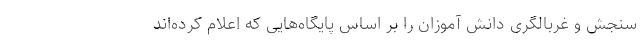
سنجش و غربالگری دانش آموزان را بر اساس پایگاه‌هایی که اعلام کرده‌اند